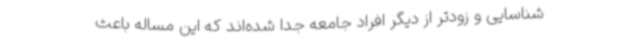
شناسایی و زودتر از دیگر افراد جامعه جدا شده‌اند که این مساله باعث